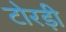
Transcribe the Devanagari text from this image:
टोरड़ी